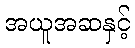
အယူအဆနှင့်